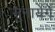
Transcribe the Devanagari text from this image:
सुनायेंगें